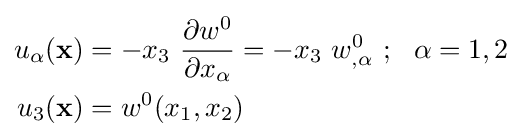
{\begin{aligned}u_{\alpha }(\mathbf {x} )&=-x_{3}~{\frac {\partial w^{0}}{\partial x_{\alpha }}}=-x_{3}~w_{,\alpha }^{0}~;~~\alpha =1,2\\u_{3}(\mathbf {x} )&=w^{0}(x_{1},x_{2})\end{aligned}}